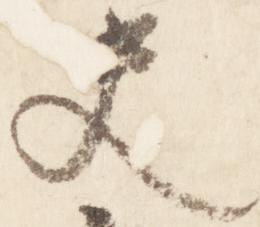
史